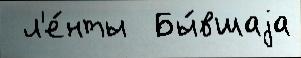
 л'е́нты  Бы́вшаjа